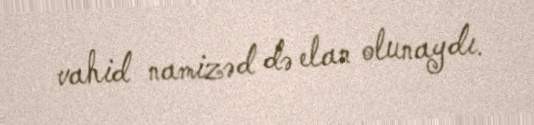
vahid namizəd də elan olunaydı.